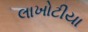
લાખોટીયા